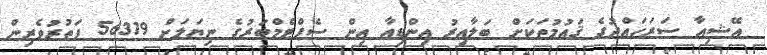
އޭޝިއާ ސަރަހައްދުގެ ޤައުމުތަކަށް ބަލާއިރު އިންޑިއާ އިން ސެޕްޓެމްބަރުގެ ނިޔަލަށް 56319 ފަތުރުވެރިން